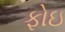
ફોઇ